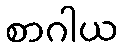
စာဂါယ